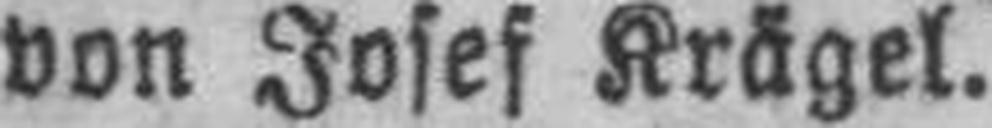
von Josef Krägel.